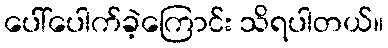
ပေါ်ပေါက်ခဲ့ကြောင်း သိရပါတယ်။